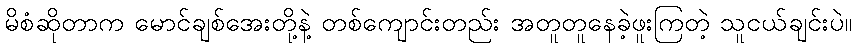
မိစံဆိုတာက မောင်ချစ်အေးတို့နဲ့ တစ်ကျောင်းတည်း အတူတူနေခဲ့ဖူးကြတဲ့ သူငယ်ချင်းပဲ။